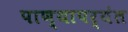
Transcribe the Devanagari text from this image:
पाण्यापर्यंत